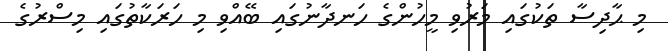
މި ޙާދިސާ ތަކުގައި މަރުވި މީހުންގެ ހަނދާނުގައި ބޭއްވި މި ހަރަކާތުގައި މިސްރުގެ